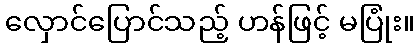
လှောင်ပြောင်သည့် ဟန်ဖြင့် မပြုံး။